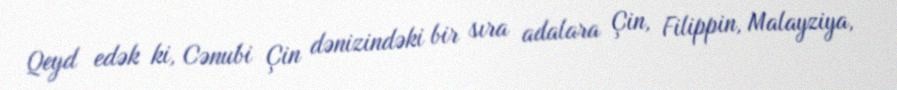
Qeyd edək ki, Cənubi Çin dənizindəki bir sıra adalara Çin, Filippin, Malayziya,